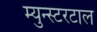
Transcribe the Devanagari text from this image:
म्युन्स्टरटाल